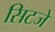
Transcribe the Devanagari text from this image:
सिटजे